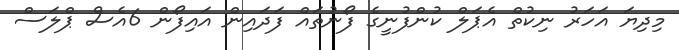
މިދިޔަ އަހަރު ނިކުތް އެޕަލް ކުންފުނީގެ ފޯނުތައް ފަދައިން އައިފޯން 6އެސް ޕްލަސް